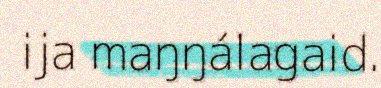
ija maŋŋálagaid.